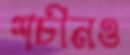
শচীনও